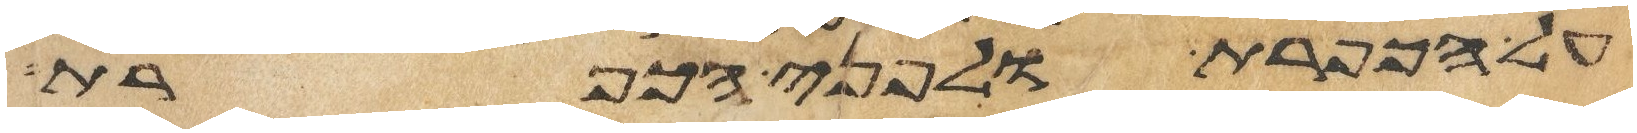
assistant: על הכפרת ולפני הכפרת